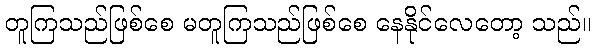
တူကြသည်ဖြစ်စေ မတူကြသည်ဖြစ်စေ နေနိုင်လေတော့ သည်။